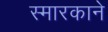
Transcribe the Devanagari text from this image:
स्मारकाने